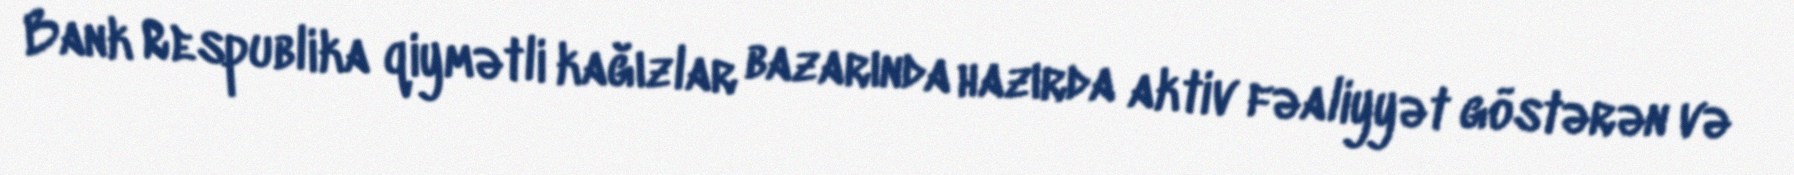
Bank Respublika qiymətli kağızlar bazarında hazırda aktiv fəaliyyət göstərən və